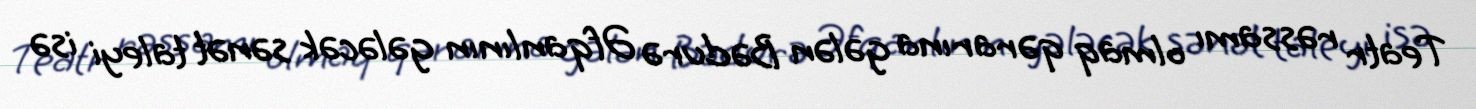
Teatr rəssamı olmaq qərarına gələn Bədurə Əfqanlının gələcək sənət taleyi isə